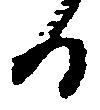
る